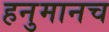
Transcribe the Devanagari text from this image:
हनुमानच